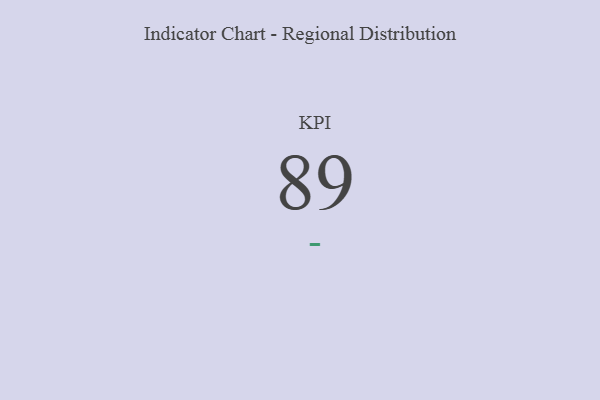
{"axis": {"x": "KPI", "y": "Value"}, "legend": [""], "data": [{"x": "KPI", "y": 89, "type": ""}]}